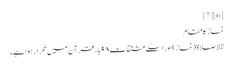
[6] [7]
نماز کا مقام
لفظ صلاۃ (نماز)اور اسکے مشتقات ۹۸ بار قرآن میں تکرار ہوا ہے۔